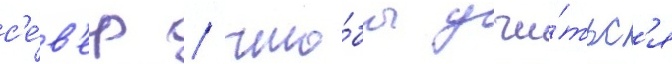
с'е́в'ер / что́бы учи́тьс'я